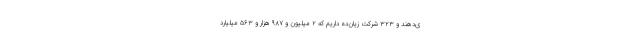
ی‌دهند و ۳۲۳ شرکت زیان‌ده داریم که ۲ میلیون و ۹۸۷ هزار و ۵۶۳ میلیارد